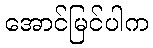
အောင်မြင်ပါက